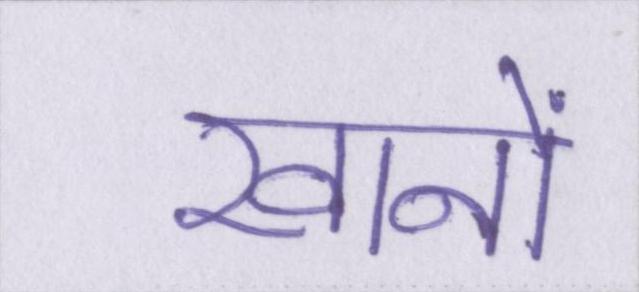
खानों